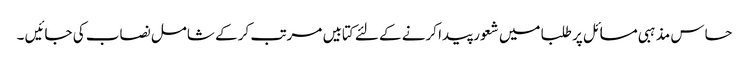
حساس مذہبی مسائل پر طلبا میں شعور پیدا کرنے کے لئے کتابیں مرتب کر کے شامل نصاب کی جائیں ۔